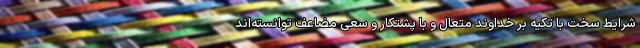
شرایط سخت با تکیه بر خداوند متعال و با پشتکار و سعی مضاعف توانسته‌اند